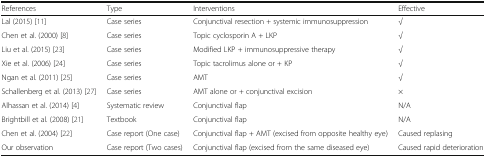
<table><thead><tr><td><b>References</b></td><td><b>Type</b></td><td><b>Interventions</b></td><td><b>Effective</b></td></tr></thead><tbody><tr><td>Lal (2015) [11]</td><td>Case series</td><td>Conjunctival resection + systemic immunosuppression</td><td>√</td></tr><tr><td>Chen et al. (2000) [8]</td><td>Case series</td><td>Topic cyclosporin A + LKP</td><td>√</td></tr><tr><td>Liu et al. (2015) [23]</td><td>Case series</td><td>Modified LKP + immunosuppressive therapy</td><td>√</td></tr><tr><td>Xie et al. (2006) [24]</td><td>Case series</td><td>Topic tacrolimus alone or + KP</td><td>√</td></tr><tr><td>Ngan et al. (2011) [25]</td><td>Case series</td><td>AMT</td><td>√</td></tr><tr><td>Schallenberg et al. (2013) [27]</td><td>Case series</td><td>AMT alone or + conjunctival excision</td><td>×</td></tr><tr><td>Alhassan et al. (2014) [4]</td><td>Systematic review</td><td>Conjunctival flap</td><td>N/A</td></tr><tr><td>Brightbill et al. (2008) [21]</td><td>Textbook</td><td>Conjunctival flap</td><td>N/A</td></tr><tr><td>Chen et al. (2004) [22]</td><td>Case report (One case)</td><td>Conjunctival flap + AMT (excised from opposite healthy eye)</td><td>Caused replasing</td></tr><tr><td>Our observation</td><td>Case report (Two cases)</td><td>Conjunctival flap (excised from the same diseased eye)</td><td>Caused rapid deterioration</td></tr></tbody></table>